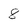
Character: 8